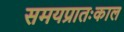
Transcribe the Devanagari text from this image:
समयप्रातःकाल